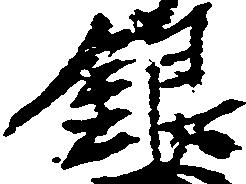
銀